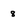
Character: 8